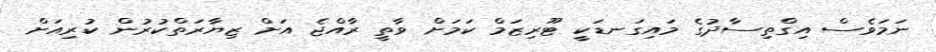
ނަމަވެސް އިގްތިސާދުގެ މައިގަނޑަކީ ޓޫރިޒަމް ކަމަށް ވާތީ ރާއްޖެ އަށް ޒިޔާރަތްކުރުން ކުރިއަށް